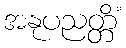
အနုပညတ္တိံ